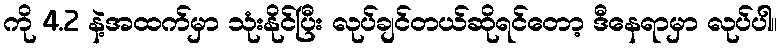
ကို 4.2 နဲ့အထက်မှာ သုံးနိုင်ပြီး လုပ်ချင်တယ်ဆိုရင်တော့ ဒီနေရာမှာ လုပ်ပါ။